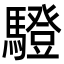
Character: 䮴